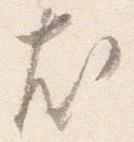
尤